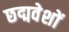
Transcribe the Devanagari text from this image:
छद्मवेशों